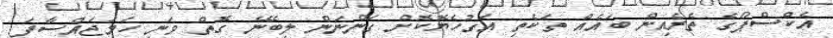
އެކްސްޕޯގެ ތެރެއިން ބައެއް ތަކެތި އަގުހެޔޮކޮށް ގަންނަން ލިބޭނެ ގޮތް ވަނީ ހަމަޖައްސާފަ